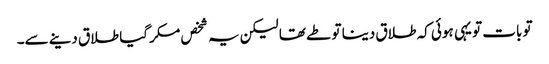
تو بات تو یہی ہوئی کہ طلاق دینا تو طے تھا لیکن یہ شخص مکر گیا طلاق دینے سے۔